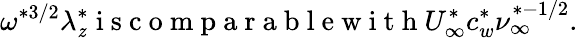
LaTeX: \omega^{\ast3/2}\lambda_{\mathit{z}}^{\ast}\mathrm{{~i~s~c~o~m~p~a~r~a~b~l~e~w~i~t~h~}}U_{\infty}^{\ast}c_{w}^{\ast}\nu_{\infty}^{\ast-1/2}.